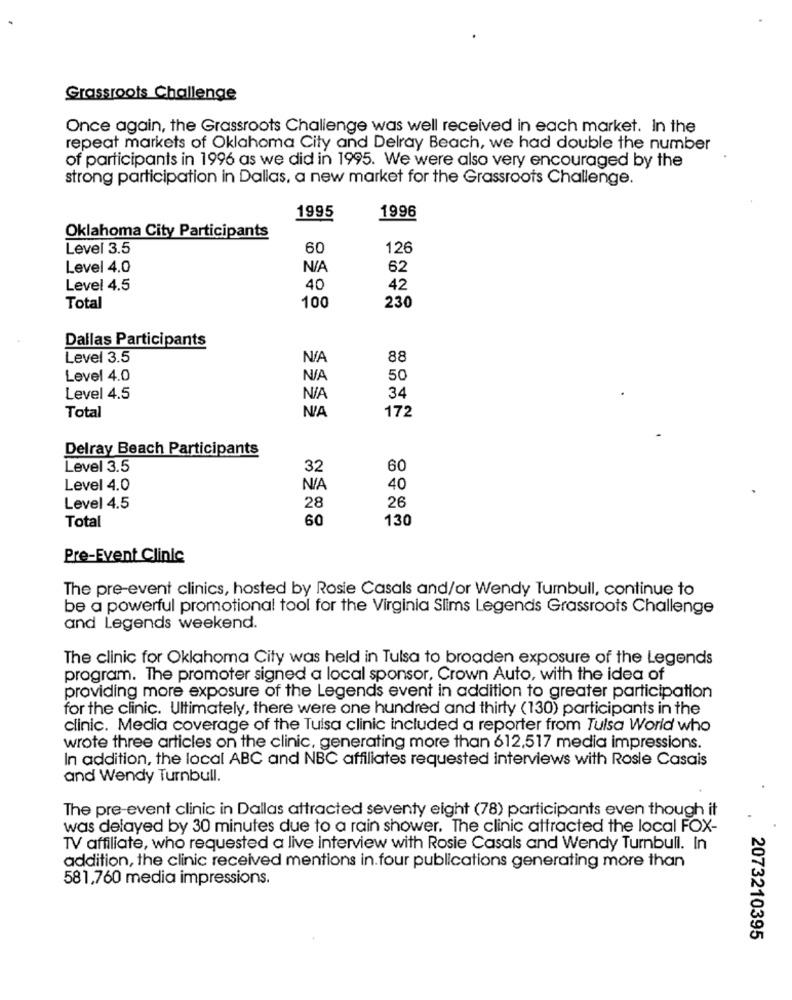
Grassroots Challenge
Once again, the Grassroots Challenge was well received in each market. In the
repeat markets of Oklahoma City and Delray Beach, we had double the number
of participants in 1996 as we did in 1995. We were also very encouraged by the
strong participation in Dallas, a new market for the Grassroots Challenge.
1995
1996
Oklahoma City Participants
Level 3.5
60
126
Level 4.0
62
Level 4.5
40
42
Total
100
230
Dallas Participants
Level 3.5
88
Level 4.0
50
34
Level 4.5
Total
172
Delray Beach Participants
Level 3.5
32
60
Level 4.0
40
Level 4.5
28
26
Total
60
130
Pre-Event Clinic
The pre-event clinics, hosted by Rosie Casals and/or Wendy Turnbull, continue to
be a powerful promotional tool for the Virginia Slims Legends Grassroots Challenge
and Legends weekend.
The clinic for Oklahoma City was held in Tulsa to broaden exposure of the Legends
program. The promoter signed a local sponsor, Crown Auto, with the idea of
providing more exposure of the Legends event in addition to greater participation
for the clinic. Ultimately, there were one hundred and thirty (130) participants in the
clinic. Media coverage of the Tulsa clinic included a reporter from Tulsa World who
wrote three articles on the clinic, generating more than 612,517 media impressions.
In addition, the local ABC and NBC affiliates requested interviews with Rosie Casais
and Wendy Turnbull.
The pre-event clinic in Dallas attracted seventy eight (78) participants even though it
was delayed by 30 minutes due to a rain shower. The clinic attracted the local FOX-
TV affiliate, who requested a live interview with Rosie Casals and Wendy Turnbull. In
addition, the clinic received mentions in.four publications generating more than
581,760 media impressions.
2073210395